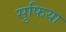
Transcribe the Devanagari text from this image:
सुफिया